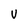
Character: U